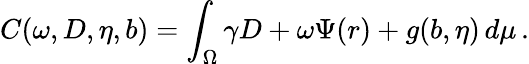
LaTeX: C(\omega,D,\eta,b)=\int_{\Omega}\gamma D+\omega\Psi(r)+g(b,\eta)\, d\mu\, .